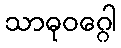
သာဓုဝဂ္ဂေါ